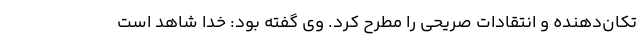
تکان‌دهنده و انتقادات صریحی را مطرح کرد. وی گفته بود: خدا شاهد است